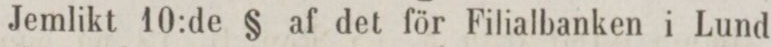
Jemlikt 10:de § af det för Filialbanken i Lund